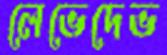
লেভেদেভ